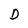
Character: D